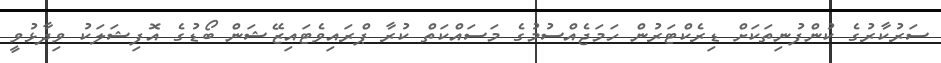
ސަރުކާރުގެ ކުންފުނިތަކަށް ޑިރެކްޓަރުން ހަމަޖެއްސުމުގެ މަސައްކަތް ކުރާ ޕްރައިވެޓައިޒޭޝަން ބޯޑުގެ އޮފިޝަލަކު ވިދާޅުވީ